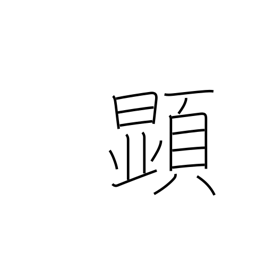
Meaning: appear